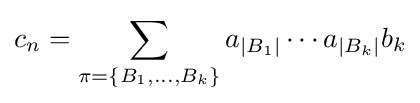
c_{n}=\sum _{\pi =\left\{B_{1},\ldots ,B_{k}\right\}}a_{\left|B_{1}\right|}\cdots a_{\left|B_{k}\right|}b_{k}